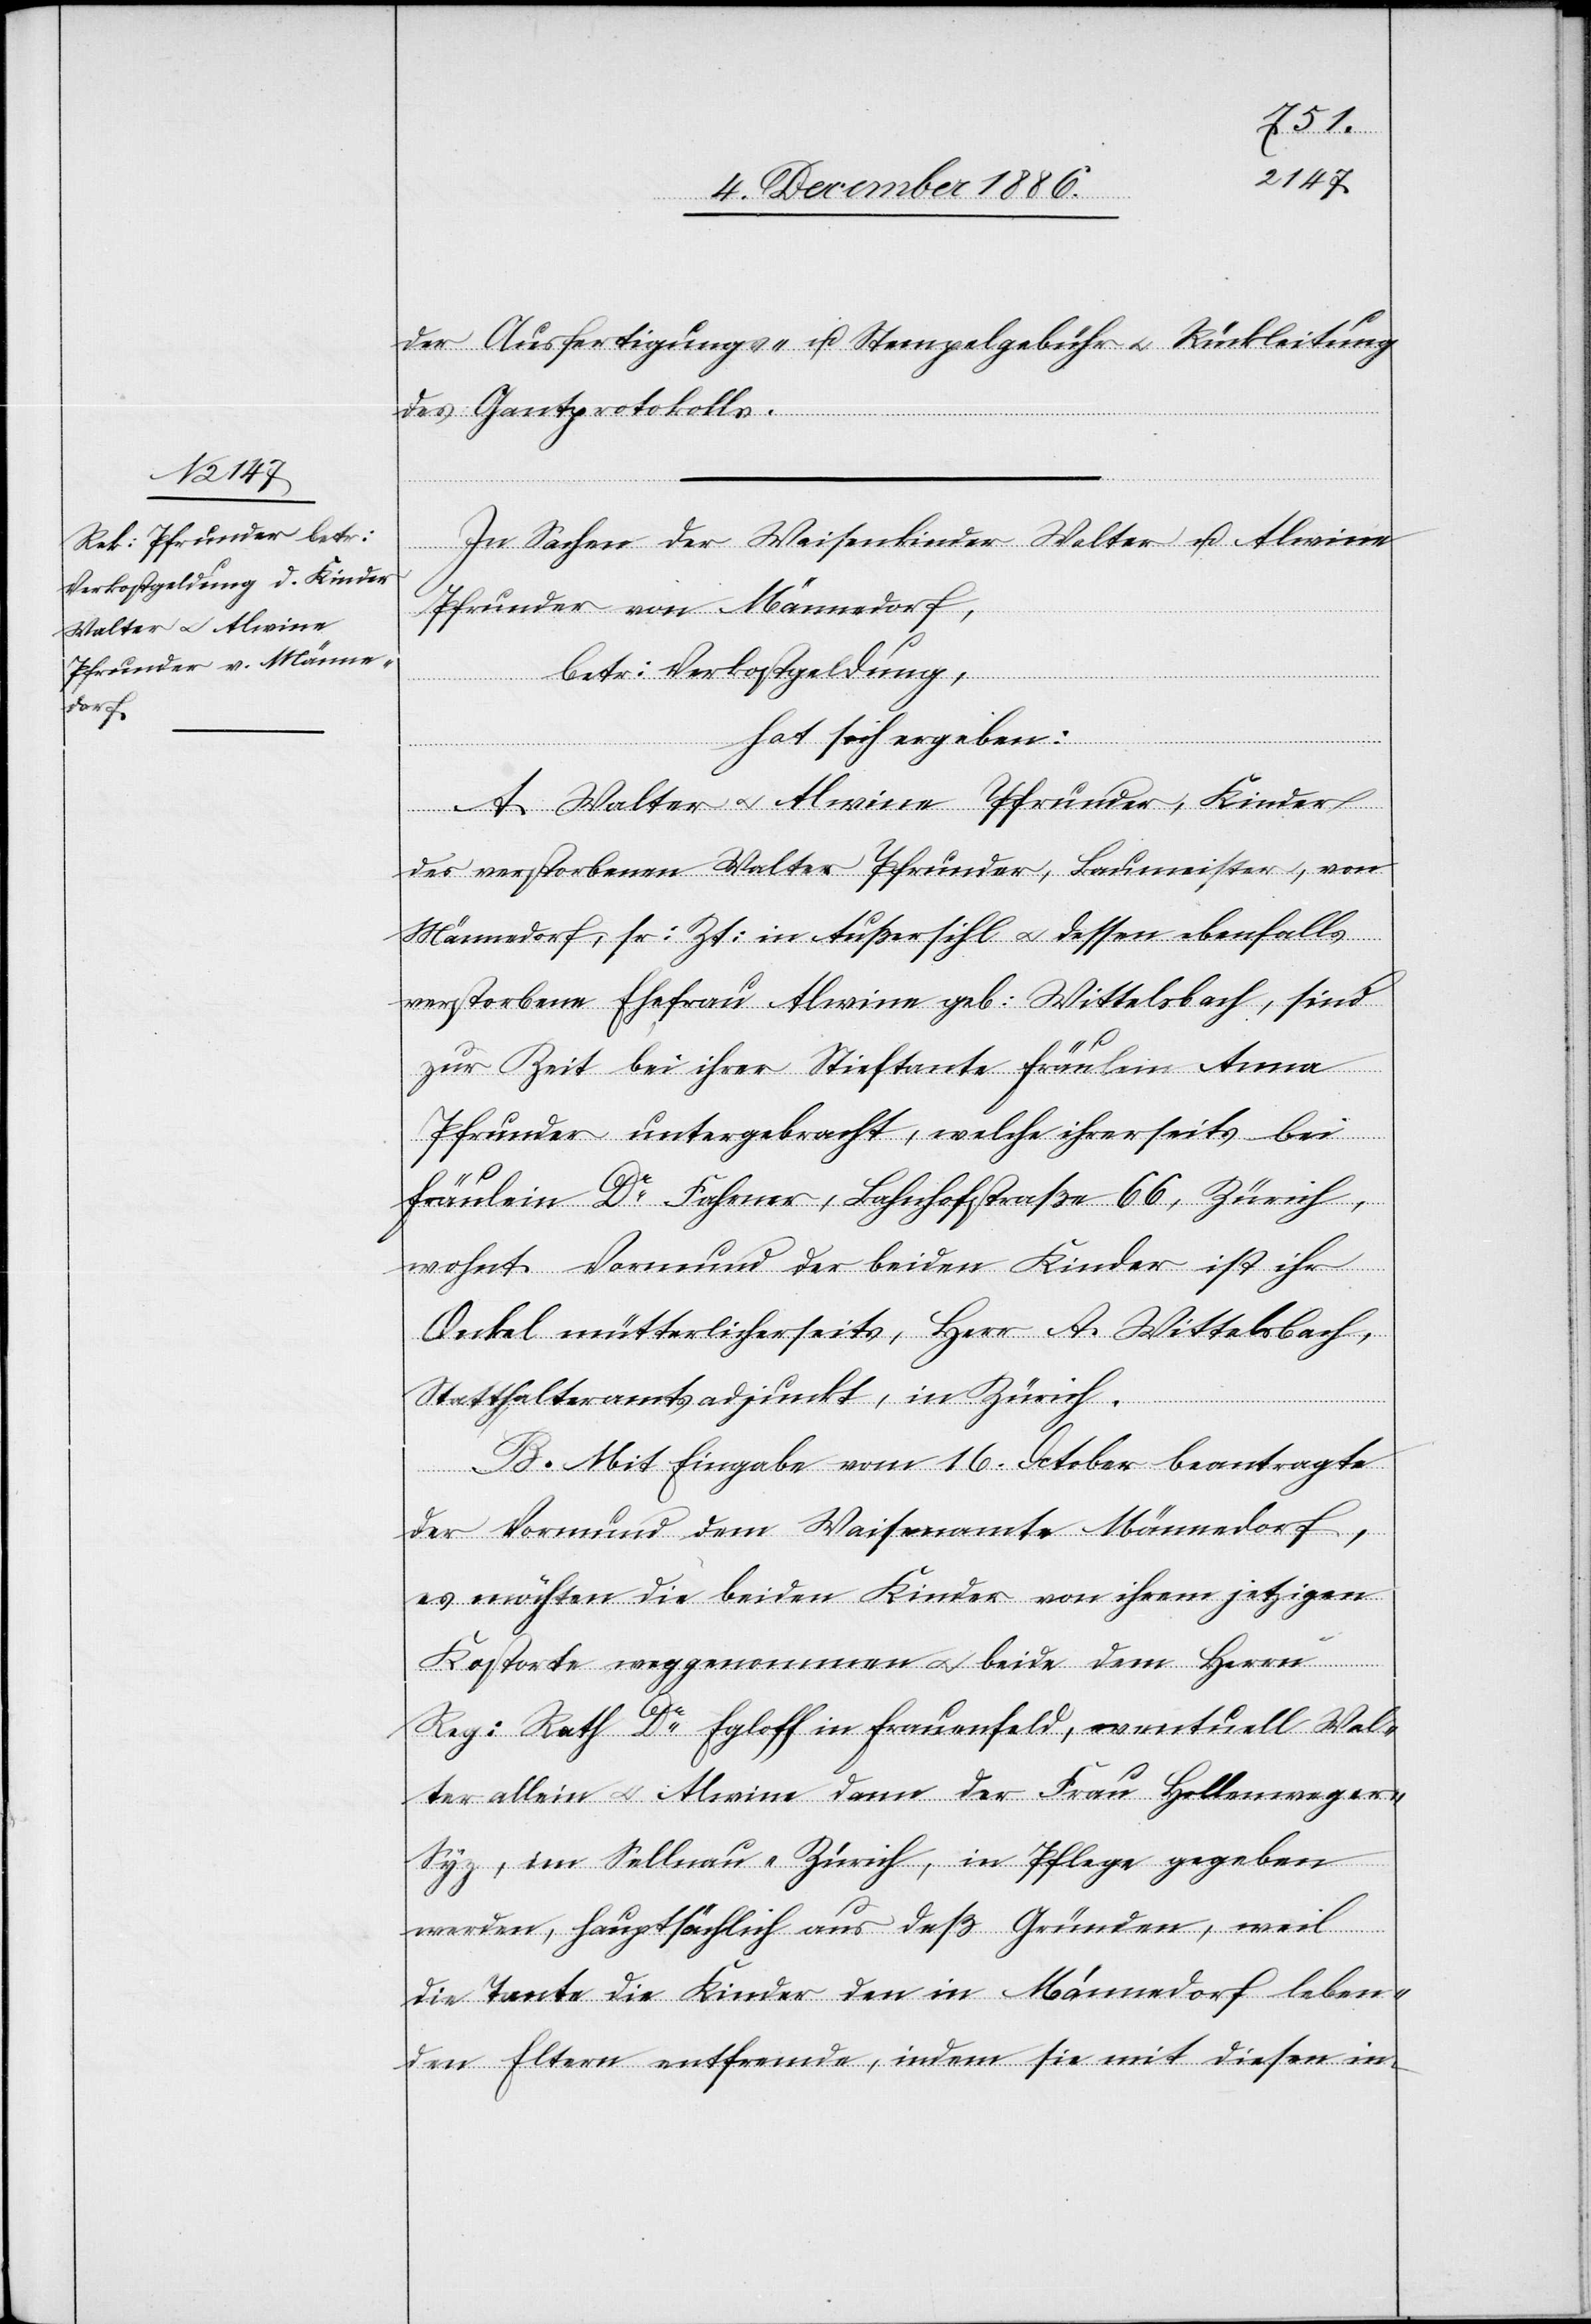
der Ausfertigungs- u. Stempelgebühr & Rückleitung
des Gantprotokolls.
In Sachen der Waisenkinder Walter u. Alwine
Pfrunder von Männedorf,
betr. Verkostgeldung,
hat sich ergeben:
A. Walter & Alwine Pfrunder, Kinder
des verstorbenen Walter Pfrunder, Baumeister, von
Männedorf, sr. Zt. in Außersihl & dessen ebenfalls
verstorbene Ehefrau Alwine geb. Wittelsbach, sind
zur Zeit bei ihrer Stieftante Fräulein Anna
Pfrunder untergebracht, welche ihrerseits bei
Fräulein Dr Fahrner, Bahnhofstraße 66, Zürich,
wohnt. Vormund der beiden Kinder ist ihr
Onkel mütterlicherseits, Herr A. Wittelsbach,
Statthalteramtsadjunkt, in Zürich.
B. Mit Eingabe vom 16. October beantragte
der Vormund dem Waisenamte Männedorf,
es möchten die beiden Kinder von ihrem jetzigen
Kostorte weggenommen & beide dem Herrn
Reg. Rath Dr Egloff in Frauenfeld, eventuell Wal¬
ter allein & Alwine dann der Frau Hollenweger-S¬
yz, im Sellnau - Zürich, in Pflege gegeben
werden, hauptsächlich aus deß [sic!] Gründen, weil
die Tante die Kinder den in Männedorf leben¬
den Eltern entfremde, indem sie mit diesen im